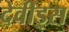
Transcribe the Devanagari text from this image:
देवीड्स